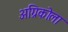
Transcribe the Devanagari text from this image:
अग्रिकोला